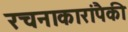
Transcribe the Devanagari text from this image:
रचनाकारांपैकी